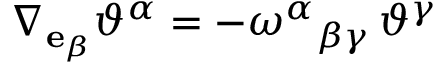
\nabla _ { \mathbf { e } _ { \beta } } \vartheta ^ { \alpha } = - \omega ^ { \alpha } { } _ { \beta \gamma } \, \vartheta ^ { \gamma }